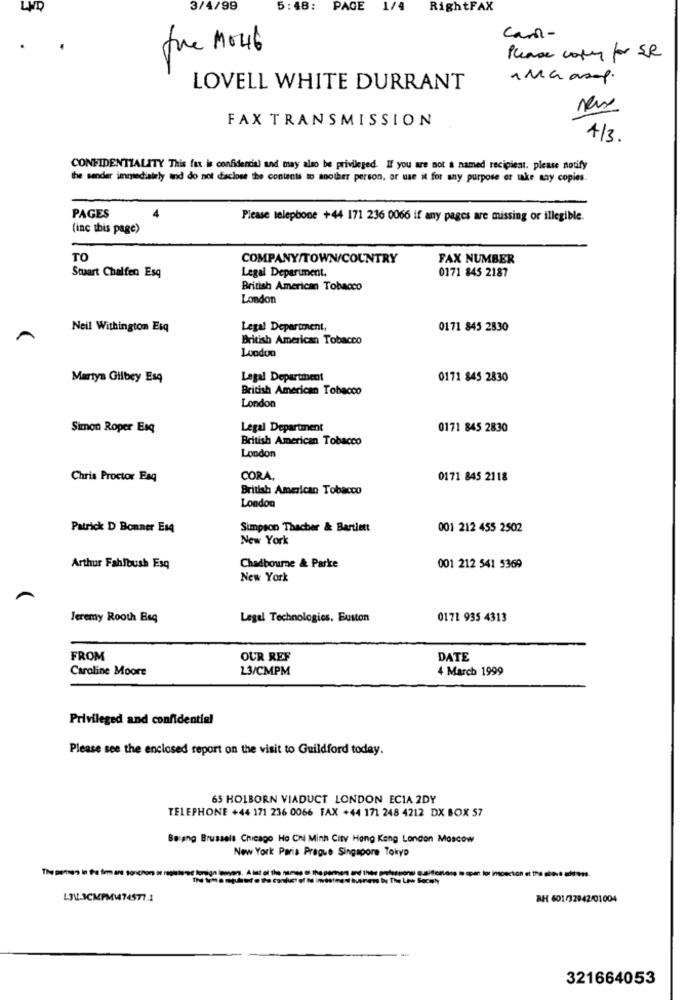
LWD
3/4/99
5:48:
PAGE 1/4 RightFAX
can-
fre Mo46
Please coper for SR
1MG asap.
LOVELL WHITE DURRANT
FAX TRANSMISSION
4/3.
CONFIDENTIALITY This fax is confidential and may also be privileged. If you are not a named recipient, please notify
the sender immediately and do not daclose the contents to another person, or use it for any purpose or take say copies.
PAGES
Please telephone +44 171 236 0066 if any pages are missing or illegible.
(inc this page)
TO
COMPANY/TOWN/COUNTRY
FAX NUMBER
Stuart Chalfen Esq
Legal Department.
0171 845 2187
British American Tobacco
London
Neil Withington Esq
Legal Department,
0171 845 2830
British American Tobacco
London
Martyn Giibey Esq
Legal Department
0171 845 2830
British American Tobacco
London
Simon Roper Esq
Legal Department
0171 845 2830
British American Tobacco
London
Chris Proctor Esq
CORA,
0171 845 2118
British American Tobacco
London
Patrick D Bonner Es4
Simpson Thacher & Bartlett
001 212 455 2502
New York
Arthur Fahlbush Esq
Chadbourne & Parke
001 212 541 5369
New York
Jeremy Rooth Bsq
Legel Technologies, Euston
0171 935 4313
FROM
OUR REF
DATE
Caroline Moore
13/CMPM
4 March 1999
Privileged and confidential
Please see the enclosed report on the visit to Guildford today.
65 HOLBORN VIADUCT LONDON ECIA 2DY
TELEPHONE +44 171 236 0066 FAX +44 171 248 4212 DX BOX 57
Belang Brussels Chicago Ho Chi Minh City Hong Kong London Moscow
New York Paris Prague Singapore Tokyo
The penses in the fim are
w The Law
-
LIV.3CMPM474577.1
BH 601/32942/01004
321664053